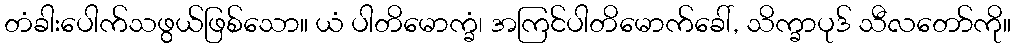
တံခါးပေါက်သဖွယ်ဖြစ်သော။ ယံ ပါတိမောက္ခံ၊ အကြင်ပါတိမောက်ခေါ်, သိက္ခာပုဒ် သီလတော်ကို။